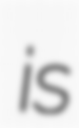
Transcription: is